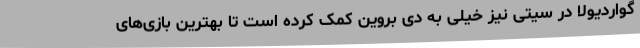
گواردیولا در سیتی نیز خیلی به دی بروین کمک کرده است تا بهترین بازی‌های